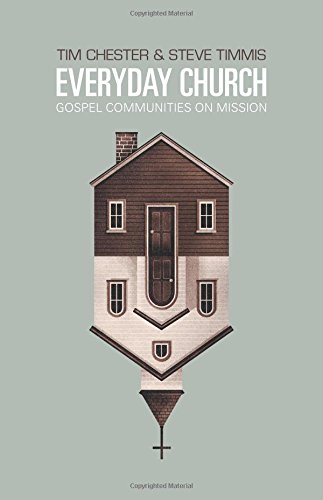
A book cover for Everyday Church: Gospel Communities on Mission (Re: Lit Books); Tim Chester; Christian Books & Bibles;